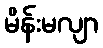
မိန်းမလျာ